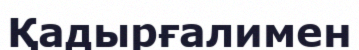
Қадырғалимен